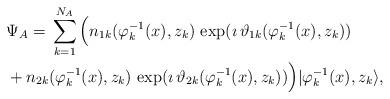
LaTeX: \begin{align*}&\Psi_A=\,\sum^{N_A}_{k=1}\Big(n_{1k}(\varphi^{-1}_k(x),z_k)\,\exp(\imath \,\vartheta_{1k}(\varphi^{-1}_k(x),z_k))\break\\ & +n_{2k}(\varphi^{-1}_{k}(x),z_k)\,\exp(\imath \,\vartheta_{2k}(\varphi^{-1}_k(x),z_k))\Big)|\varphi^{-1}_{k}(x),z_k\rangle,\end{align*}